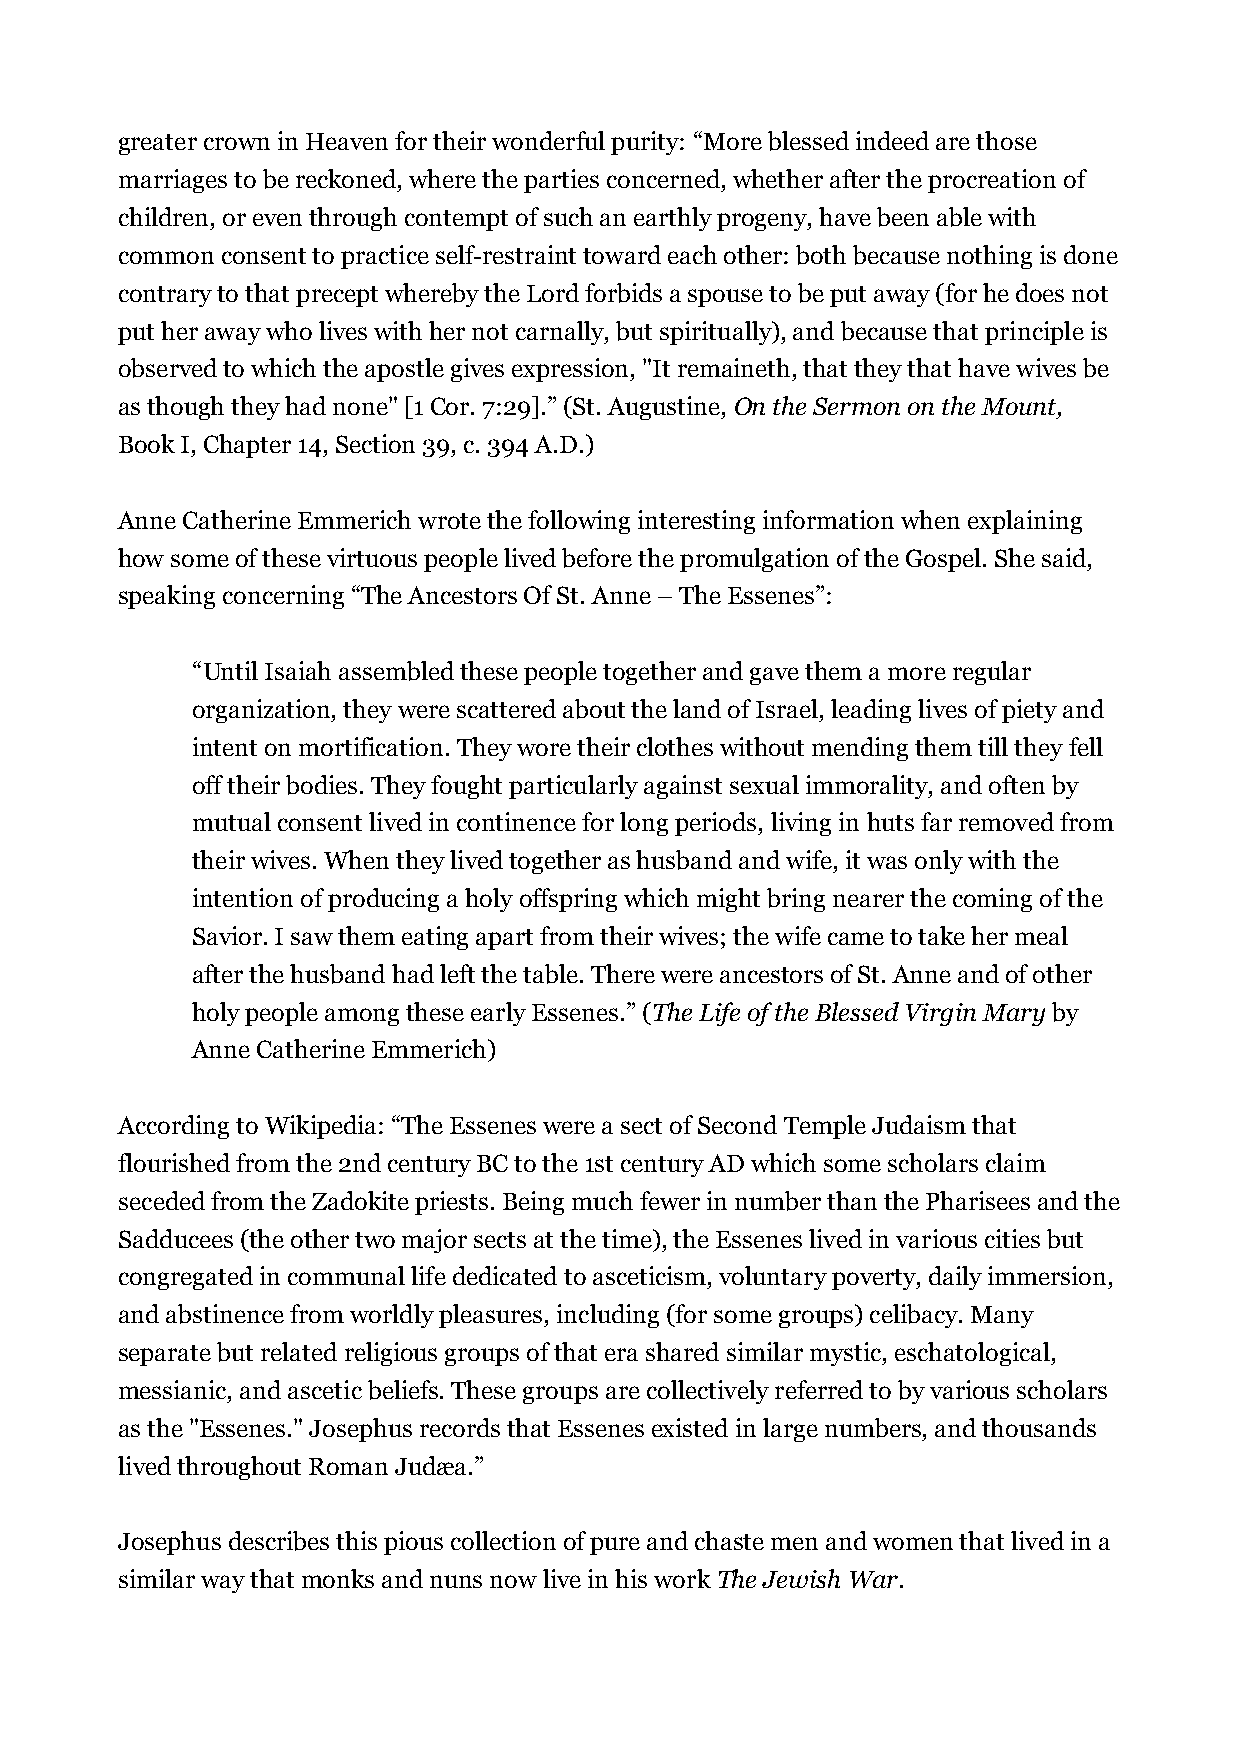
greater crown in Heaven for their wonderful purity: “More blessed indeed are those
 marriages to be reckoned, where the parties concerned, whether after the procreation of
 children, or even through contempt of such an earthly progeny, have been able with
 common consent to practice self-restraint toward each other: both because nothing is done
 contrary to that precept whereby the Lord forbids a spouse to be put away (for he does not
 put her away who lives with her not carnally, but spiritually), and because that principle is
 observed to which the apostle gives expression, "It remaineth, that they that have wives be
 as though they had none" [1 Cor. 7:29].” (St. Augustine, On the Sermon on the Mount,
 Book I, Chapter 14, Section 39, c. 394 A.D.)
 Anne Catherine Emmerich wrote the following interesting information when explaining
 how some of these virtuous people lived before the promulgation of the Gospel. She said,
 speaking concerning “The Ancestors Of St. Anne – The Essenes”:
 “Until Isaiah assembled these people together and gave them a more regular
 organization, they were scattered about the land of Israel, leading lives of piety and
 intent on mortification. They wore their clothes without mending them till they fell
 off their bodies. They fought particularly against sexual immorality, and often by
 mutual consent lived in continence for long periods, living in huts far removed from
 their wives. When they lived together as husband and wife, it was only with the
 intention of producing a holy offspring which might bring nearer the coming of the
 Savior. I saw them eating apart from their wives; the wife came to take her meal
 after the husband had left the table. There were ancestors of St. Anne and of other
 holy people among these early Essenes.” (The Life of the Blessed Virgin Mary by
 Anne Catherine Emmerich)
 According to Wikipedia: “The Essenes were a sect of Second Temple Judaism that
 flourished from the 2nd century BC to the 1st century AD which some scholars claim
 seceded from the Zadokite priests. Being much fewer in number than the Pharisees and the
 Sadducees (the other two major sects at the time), the Essenes lived in various cities but
 congregated in communal life dedicated to asceticism, voluntary poverty, daily immersion,
 and abstinence from worldly pleasures, including (for some groups) celibacy. Many
 separate but related religious groups of that era shared similar mystic, eschatological,
 messianic, and ascetic beliefs. These groups are collectively referred to by various scholars
 as the "Essenes." Josephus records that Essenes existed in large numbers, and thousands
 lived throughout Roman Judæa.”
 Josephus describes this pious collection of pure and chaste men and women that lived in a
 similar way that monks and nuns now live in his work The Jewish War.